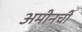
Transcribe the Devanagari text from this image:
अमीनची